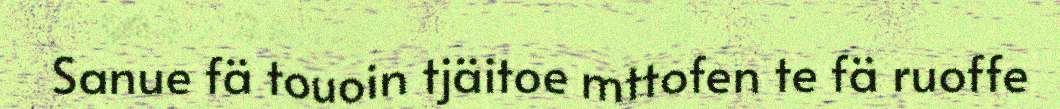
Sanue fä touoin tjäitoe mttofen te fä ruoffe